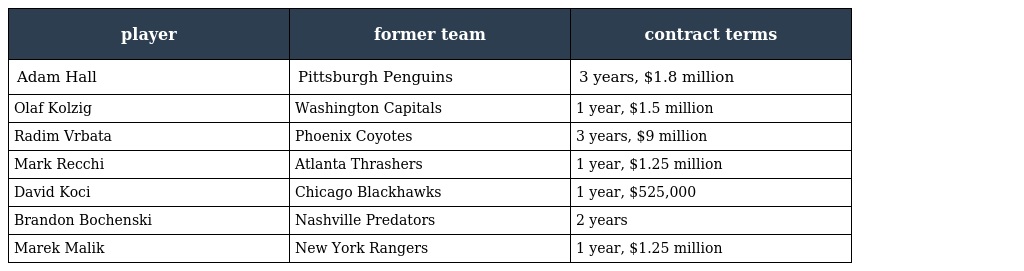
| player | former team | contract terms |
 | --- | --- | --- |
 | Adam Hall | Pittsburgh Penguins | 3 years, $1.8 million |
 | Olaf Kolzig | Washington Capitals | 1 year, $1.5 million |
 | Radim Vrbata | Phoenix Coyotes | 3 years, $9 million |
 | Mark Recchi | Atlanta Thrashers | 1 year, $1.25 million |
 | David Koci | Chicago Blackhawks | 1 year, $525,000 |
 | Brandon Bochenski | Nashville Predators | 2 years |
 | Marek Malik | New York Rangers | 1 year, $1.25 million |